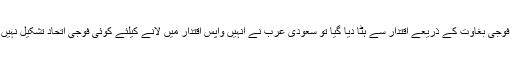
کیا وجہ ہے کہ جب مصر میں صدر محمد مرسی کو فوجی بغاوت کے ذریعے اقتدار سے ہٹا دیا گیا تو سعودی عرب نے انہیں واپس اقتدار میں لانے کیلئے کوئی فوجی اتحاد تشکیل نہیں دیا اور اس ضمن میں کوئی موثر اقدام انجام نہیں دیا؟